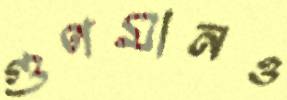
গুণমানও